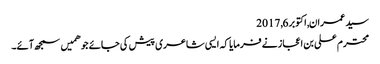
سید عمران, ‏اکتوبر 6, 2017
محترم علی بن اعجاز نے فرمایا کہ ایسی شاعری پیش کی جائے جو ھمیں سمجھ آئے۔